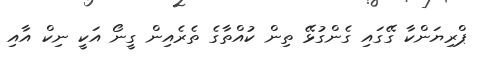
ޕްރިޔަންކާ ގޭގައި ގެންގުޅޭ ތިން ކުއްތާގެ ތެރެއިން ގީނޯ އަކީ ނިކް އާއި